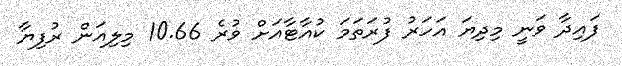
ފައިދާ ވަނީ މިދިޔަ އަހަރު ފުރަތަމަ ކުއާޓާއަށް ވުރެ 10.66 މިލިއަން ރުފިޔާ